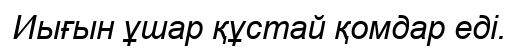
Иығын ұшар құстай қомдар еді.